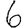
Digit: 6